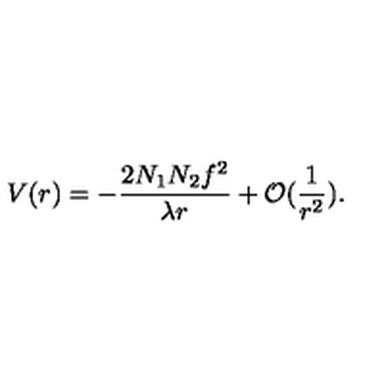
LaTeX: V ( r ) = - \frac { 2 N _ { 1 } N _ { 2 } f ^ { 2 } } { \lambda r } + { \cal O } ( \frac { 1 } { r ^ { 2 } } ) .